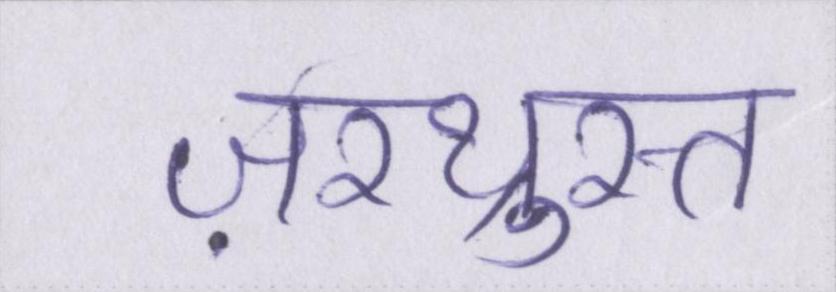
ज़रथ्रुस्त